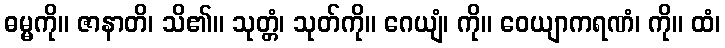
ဓမ္မကို။ ဇာနာတိ၊ သိ၏။ သုတ္တံ၊ သုတ်ကို။ ဂေယျံ၊ ကို။ ဝေယျာကရဏံ၊ ကို။ ထံ၊